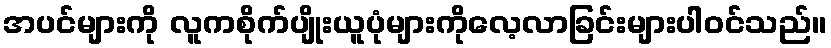
အပင်များကို လူကစိုက်ပျိုးယူပုံများကိုလေ့လာခြင်းများပါဝင်သည်။